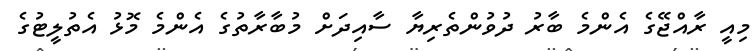
މިއީ ރާއްޖޭގެ އެންމެ ބާރު ދުވުންތެރިޔާ ސާއިދަށް މުބާރާތުގެ އެންމެ މޮޅު އެތުލީޓުގެ